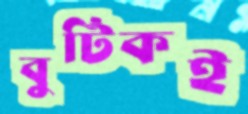
বুটিকই